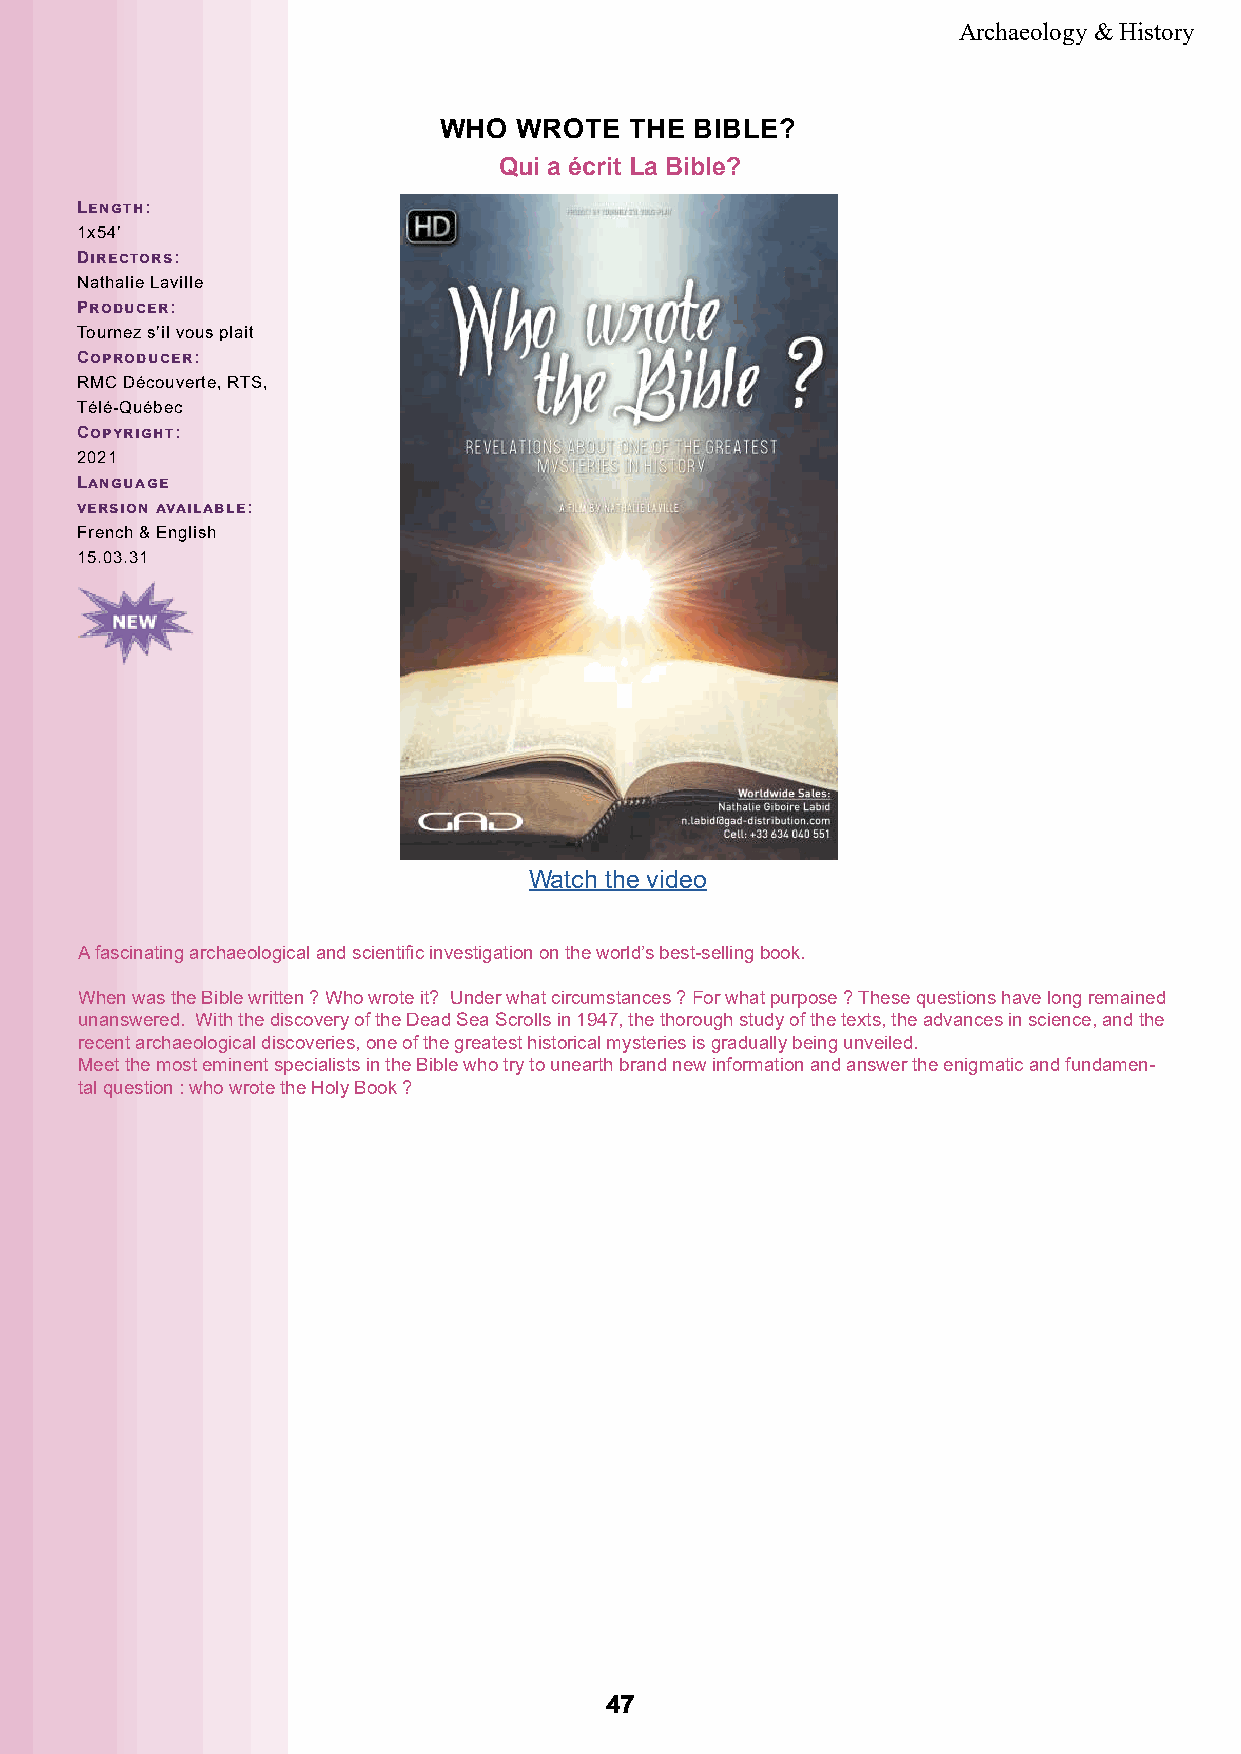
Archaeology & History
 WHO  WROTE   THE BIBLE?
 Qui a écrit La Bible?
 Length:
 1x54’
 Directors:
 Nathalie Laville
 Producer:
 Tournez s’il vous plait
 Coproducer:
 RMC Découverte, RTS,
 Télé-Québec
 Copyright:
 2021
 Language
 version available:
 French & English
 15.03.31
 Watch the video
 A fascinating archaeological and scientific investigation on the world’s best-selling book.
 When was the Bible written ? Who wrote it? Under what circumstances ? For what purpose ? These questions have long remained
 unanswered. With the discovery of the Dead Sea Scrolls in 1947, the thorough study of the texts, the advances in science, and the
 recent archaeological discoveries, one of the greatest historical mysteries is gradually being unveiled.
 Meet the most eminent specialists in the Bible who try to unearth brand new information and answer the enigmatic and fundamen-
 tal question : who wrote the Holy Book ?
 4477